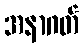
အနာဂတ်